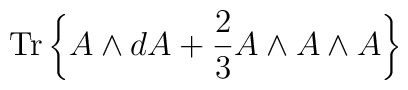
{\mathrm{Tr}}\left\{A\wedge dA + \frac{2}{3}A\wedge A \wedge A        \right\}